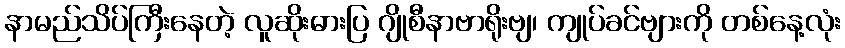
နာမည်သိပ်ကြီးနေတဲ့ လူဆိုးဓားပြ ဂျိုစီနာဗာရိုးဗျ၊ ကျုပ်ခင်ဗျားကို တစ်နေ့လုံး